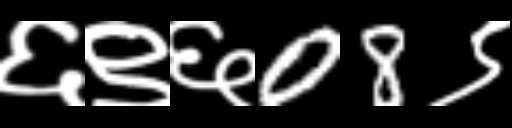
Text: ६९६08९